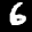
Label: 6